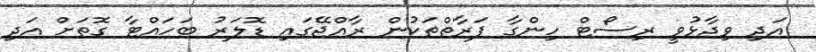
އަދި ވިދާޅުވީ ރިސޯޓް ހިންގާ ފަރާތްތަކުން ރާއްޖޭގައި ޑޮލަރު ބަހައްޓާ ގޮތަށް އަދި